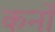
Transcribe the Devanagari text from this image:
कर्नो